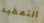
التعقيد